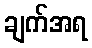
ချက်အရ